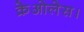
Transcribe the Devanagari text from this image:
क्रेओलेस।